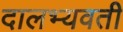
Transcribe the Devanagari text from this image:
दालभ्यवती